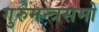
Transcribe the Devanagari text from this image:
गुरुमन्त्रसमो